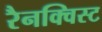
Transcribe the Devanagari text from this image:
रैनक्विस्ट